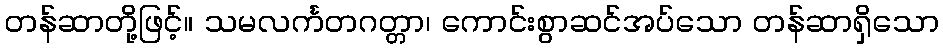
တန်ဆာတို့ဖြင့်။ သမလင်္ကတဂတ္တာ၊ ကောင်းစွာဆင်အပ်သော တန်ဆာရှိသော